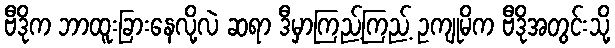
ဗီဒိုက ဘာထူးခြားနေလို့လဲ ဆရာ ဒီမှာကြည့်ကြည့် ဥကျုမိက ဗီဒိုအတွင်းသို့